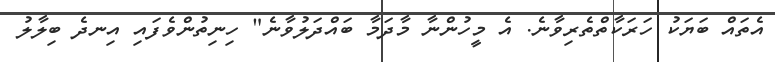
އެތައް ބަޔަކު ހަރަކާތްތެރިވާނެ. އެ މީހުންނާ މާދަމާ ބައްދަލުވާނެ" ހިނިތުންވެފައި އިނދެ ބިލާލު